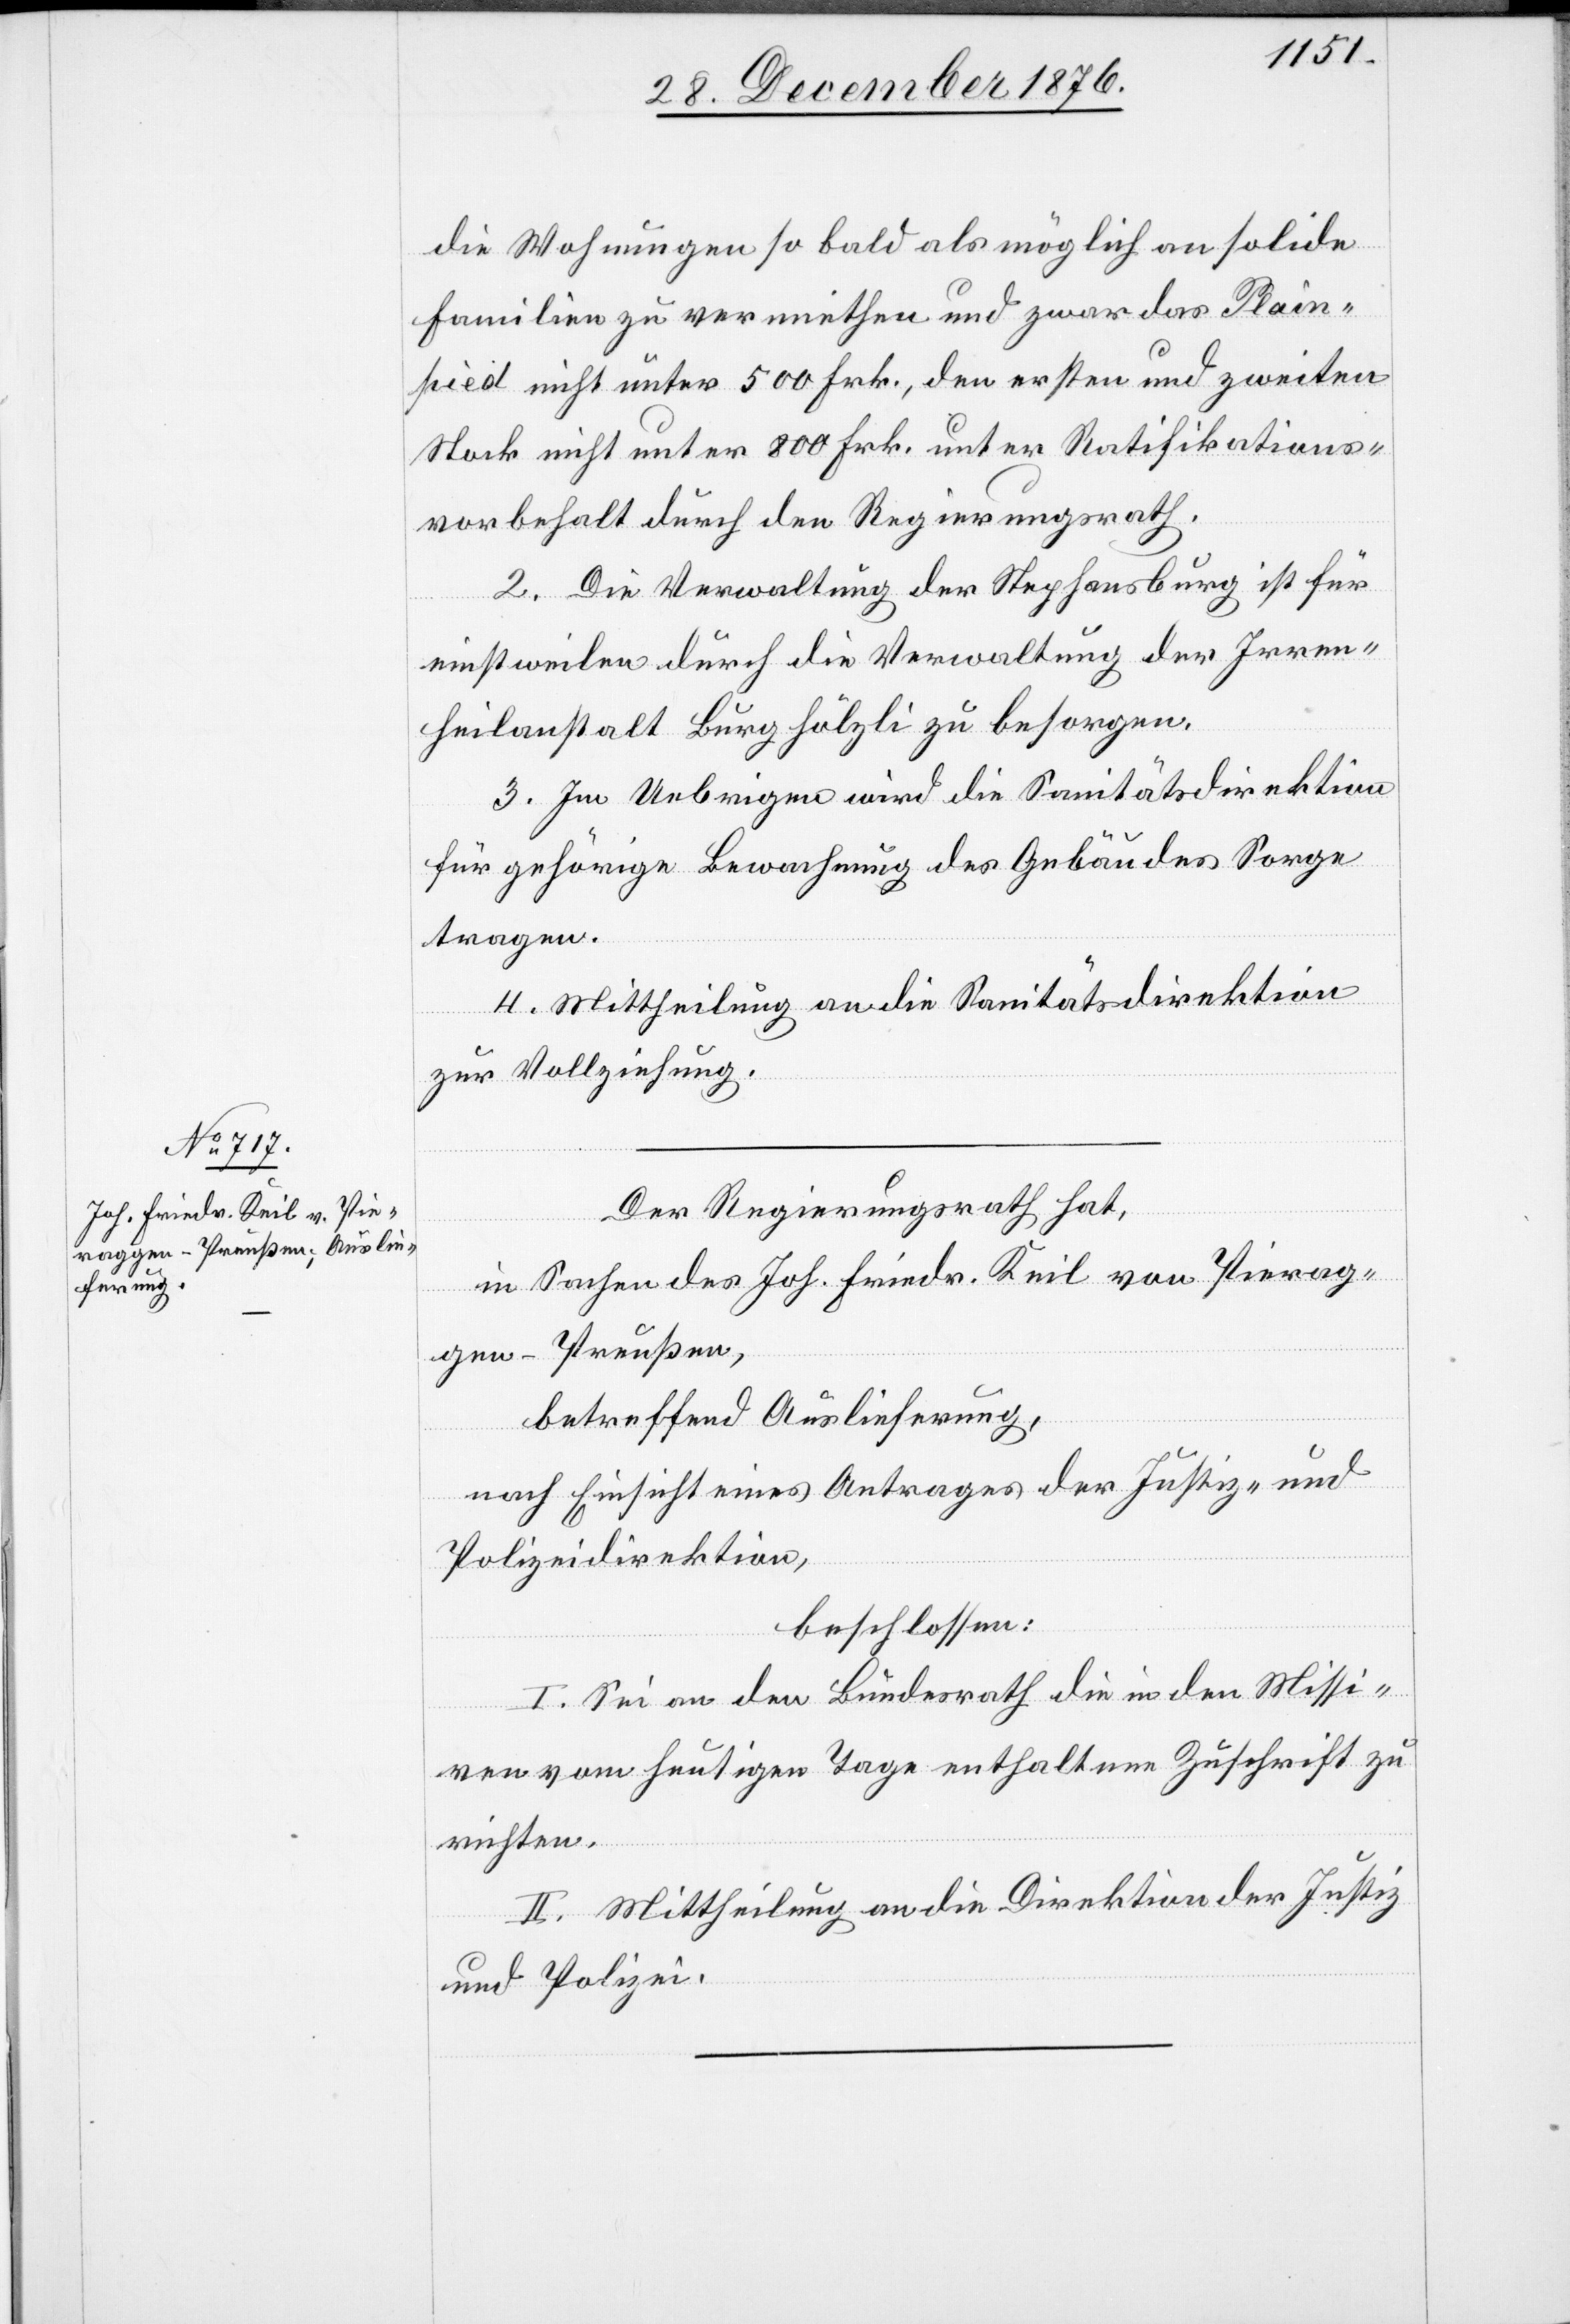
die Wohnungen so bald als möglich an solide
Familien zu vermiethen und zwar das Plain¬
pied nicht unter 500 Frk., den ersten und zweiten
Stock nicht unter 800 Frk. unter Ratifikations¬
vorbehalt durch den Regierungsrath.
2. Die Verwaltung der Stephansburg ist für
einstweilen durch die Verwaltung der Irren¬
heilanstalt Burghölzli zu besorgen.
3. Im Uebrigen wird die Sanitätsdirektion
für gehörige Bewachung des Gebäudes Sorge
tragen.
4. Mittheilung an die Sanitätsdirektion
zur Vollziehung.
Der Regierungsrath hat,
in Sachen des Joh. Friedr. Keil von Pierag¬
gen - Preußen,
betreffend Auslieferung,
nach Einsicht eines Antrages der Justiz- und
Polizeidirektion,
beschlossen:
I. Sei an den Bundesrath die in den Missi¬
ven vom heuten Tage enthaltene Zuschrift zu
richten.
II. Mittheilung an die Direktion der Justiz
und Polizei.